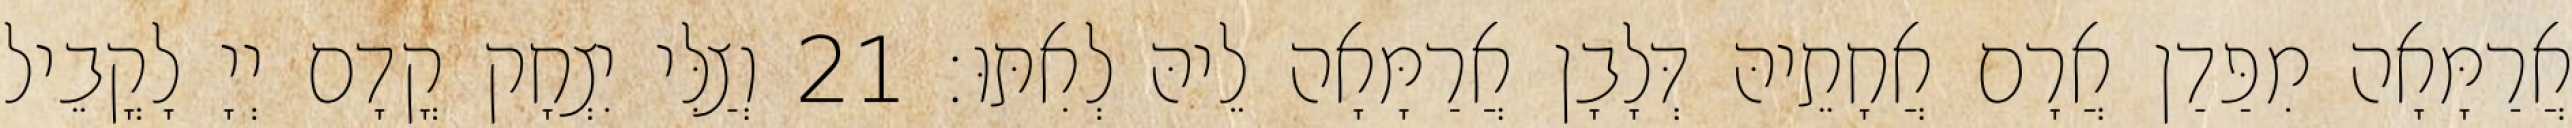
אֲרַמָּאָה מִפַּדַן אֲרָם אֲחָתֵיהּ דְּלָבָן אֲרַמָּאָה לֵיהּ לְאִתּוּ׃ 21 וְצַלִּי יִצְחָק קֳדָם יְיָ לָקֳבֵיל